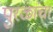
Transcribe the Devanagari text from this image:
पुरळांचा